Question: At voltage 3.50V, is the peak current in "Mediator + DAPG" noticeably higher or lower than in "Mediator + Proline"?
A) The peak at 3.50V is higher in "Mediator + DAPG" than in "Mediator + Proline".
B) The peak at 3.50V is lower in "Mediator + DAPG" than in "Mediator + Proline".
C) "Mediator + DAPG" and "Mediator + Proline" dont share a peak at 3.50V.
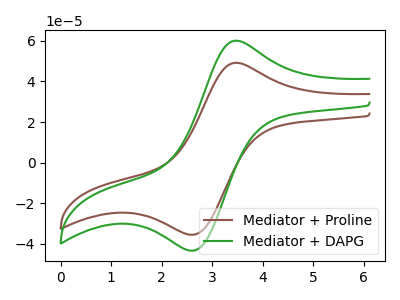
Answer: <think>The brown curve "Mediator + Proline" has an anodic peak at (3.50V, 49.15uA) and a cathodic peak at (2.65V, -35.40uA). The green curve "Mediator + DAPG" has an anodic peak at (3.50V, 60.05uA) and a cathodic peak at (2.65V, -43.25uA).</think>
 <answer>A) The peak at 3.50V is higher in "Mediator + DAPG" than in "Mediator + Proline".</answer>
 <eval>A</eval>